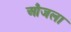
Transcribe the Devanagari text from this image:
औजला